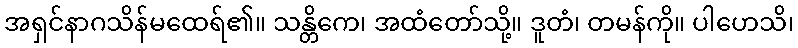
အရှင်နာဂသိန်မထေရ်၏။ သန္တိကေ၊ အထံတော်သို့။ ဒူတံ၊ တမန်ကို။ ပါဟေသိ၊